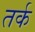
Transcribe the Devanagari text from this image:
तर्क